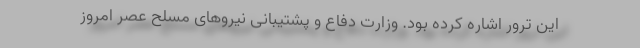
این ترور اشاره کرده بود. وزارت دفاع و پشتیبانی نیروهای مسلح عصر امروز